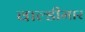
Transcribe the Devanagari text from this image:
वाल्डीमार